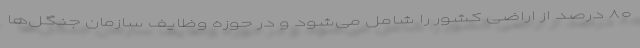
۸۰ درصد از اراضی کشور را شامل می‌َشود و در حوزه وظایف سازمان جنگل‌ها